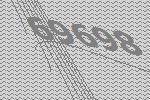
69698